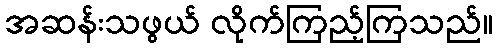
အဆန်းသဖွယ် လိုက်ကြည့်ကြသည်။